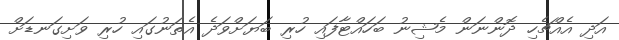
އަދި އެއްޗެހި ދޮންނަން މެޝިނު ބަހައްޓާފައި ހުރި ބަޔަށްވަދެ އެތަނުގައި ހުރި ވަށިގަނޑަށް